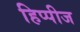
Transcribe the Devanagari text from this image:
हिप्पीज